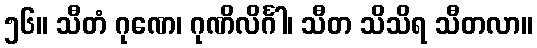
၅၆။ သီတံ ဂုဏေ၊ ဂုဏိလိင်္ဂါ၊ သီတ သိသိရ သီတလာ။